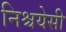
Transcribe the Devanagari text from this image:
निश्चयेसी